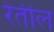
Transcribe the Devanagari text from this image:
रेतील